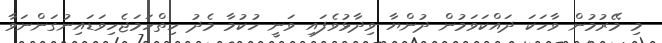
މި މޭރުމުން ވާހަކަ ދައްކަވަމުން ދުންޔާ ވިދާޅުވެފައި ވަނީ ހުކުމާ މެދު ހިތްހަމަޖެހިވަޑައިނުގަންނަވާ